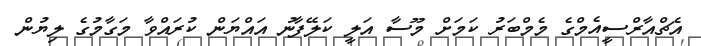
އެޗްއާރްސީއެމްގެ މެމްބަރު ކަމަށް މޫސާ އަލީ ކަލޭފާނު އައްޔަން ކުރައްވާ މަގާމުގެ ލިޔުން